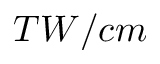
T W / c m